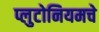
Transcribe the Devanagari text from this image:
प्लुटोनियमचे